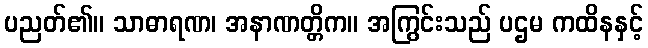
ပညတ်၏။ သာဓာရဏ၊ အနာဏတ္တိက။ အကြွင်းသည် ပဌမ ကထိနနှင့်